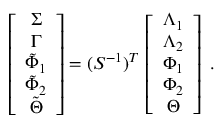
\left[ \begin{array} { c } { \Sigma } \\ { \Gamma } \\ { \tilde { \Phi } _ { 1 } } \\ { \tilde { \Phi } _ { 2 } } \\ { \tilde { \Theta } } \end{array} \right] = ( { \cal S } ^ { - 1 } ) ^ { T } \, \left[ \begin{array} { c } { \Lambda _ { 1 } } \\ { \Lambda _ { 2 } } \\ { \Phi _ { 1 } } \\ { \Phi _ { 2 } } \\ { \Theta } \end{array} \right] \ .